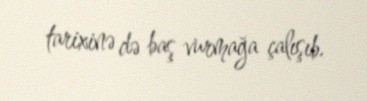
tarixinə də baş vurmağa çalışıb.